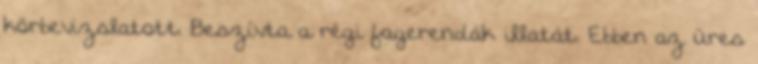
körbevizslatott. Beszívta a régi fagerendák illatát. Ebben az üres